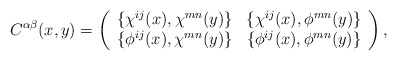
\begin{align*}C^{\alpha \beta} (x,y) = \left( \begin{array}{cc}\{ \chi^{i j}(x) , \chi^{m n}(y) \} & \{ \chi^{i j}(x) , \phi^{m n}(y) \} \\ \{ \phi^{i j}(x) , \chi^{m n}(y) \} & \{ \phi^{i j}(x) , \phi^{m n}(y) \}\end{array}\right) , \end{align*}